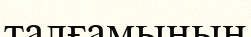
талғамының